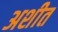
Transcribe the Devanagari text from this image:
अशीत